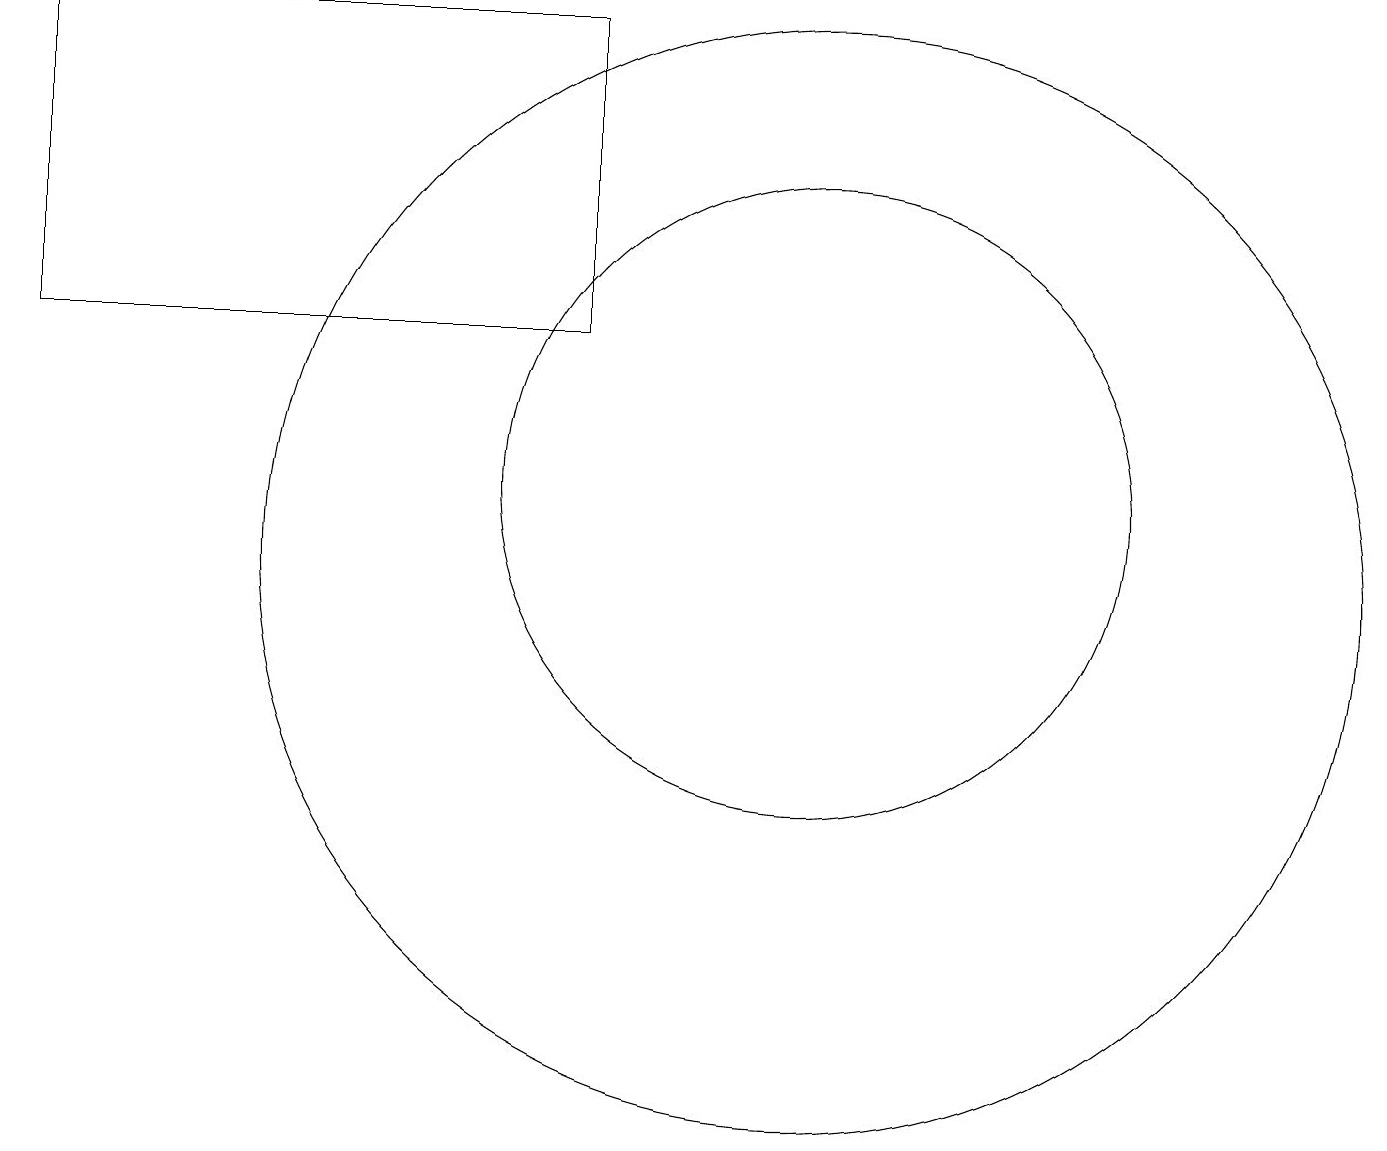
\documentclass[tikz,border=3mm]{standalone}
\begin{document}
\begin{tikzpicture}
\draw (11,11) circle (4);
\draw (11,10) circle (7);
\draw (1,17) rectangle (8,13);
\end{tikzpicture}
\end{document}